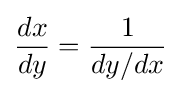
{\frac {dx}{dy}}={\frac {1}{dy/dx}}